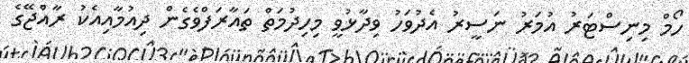
ހޯމް މިނިސްޓަރު އުމަރު ނަސީރު އެދުވަހު ވިދާޅުވީ މިހިދުމަތް ތައާރަފްވެގެން ދިއުމާއިއެކު ރާއްޖޭގެ